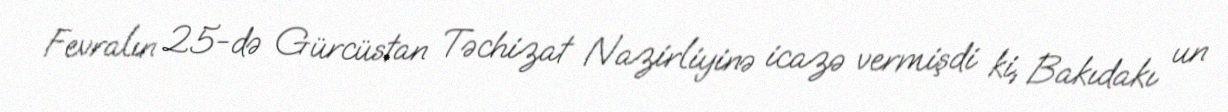
Fevralın 25-də Gürcüstan Təchizat Nazirliyinə icazə vermişdi ki, Bakıdakı un